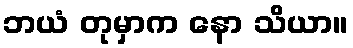
ဘယံ တုမှာက နော သိယာ။